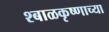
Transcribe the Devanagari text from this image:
श्बाळकृष्णाच्या